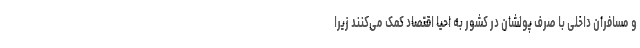
و مسافران داخلی با صرف پولشان در کشور به احیا اقتصاد کمک می‌کنند زیرا